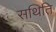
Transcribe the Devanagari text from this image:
सथिति